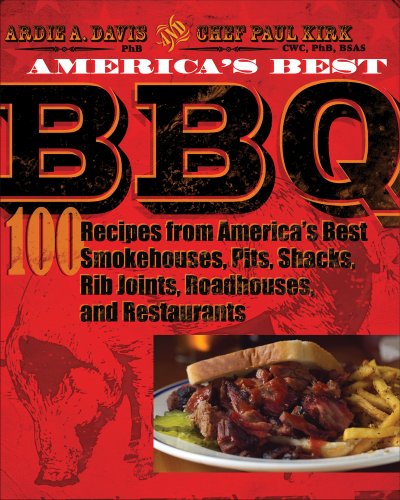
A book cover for America's Best BBQ: 100 Recipes from America's Best Smokehouses, Pits, Shacks, Rib Joints, Roadhouses, and Restaurants; Ardie A. Davis; Cookbooks, Food & Wine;